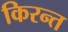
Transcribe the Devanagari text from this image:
किरन्त